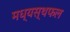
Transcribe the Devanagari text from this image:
मध्यस्थफल